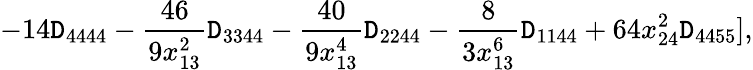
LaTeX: -14\mathtt{D}_{4444}-\frac{{46}}{{9x_{13}^{2}}}\mathtt{D}_{3344}-\frac{{40}}{{9x_{13}^{4}}}\mathtt{D}_{2244}-\frac{{8}}{{3x_{13}^{6}}}\mathtt{D}_{1144}+64x_{24}^{2}\mathtt{D}_{4455}],